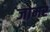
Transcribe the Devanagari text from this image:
जोमर